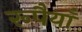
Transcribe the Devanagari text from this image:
रूपैयाँ